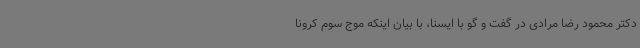
دکتر محمود رضا مرادی در گفت و گو با ایسنا، با بیان اینکه موج سوم کرونا